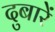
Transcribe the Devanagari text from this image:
दुबारें